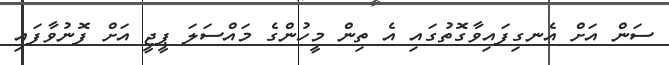
ސަން އަށް އެނގިފައިވާގޮތުގައި އެ ތިން މީހުންގެ މައްސަލަ ޕީޖީ އަށް ފޮނުވާފައި